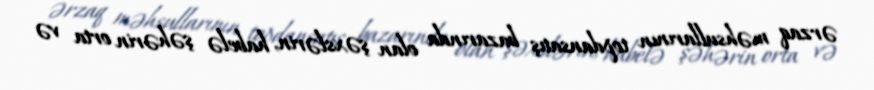
ərzaq məhsullarının topdansatış bazarında olan şəxslərin, habelə şəhərin orta və